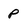
Character: p